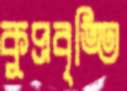
কুপ্রবৃত্তি